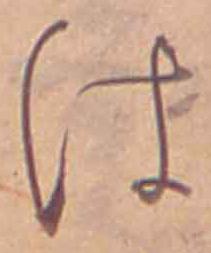
は